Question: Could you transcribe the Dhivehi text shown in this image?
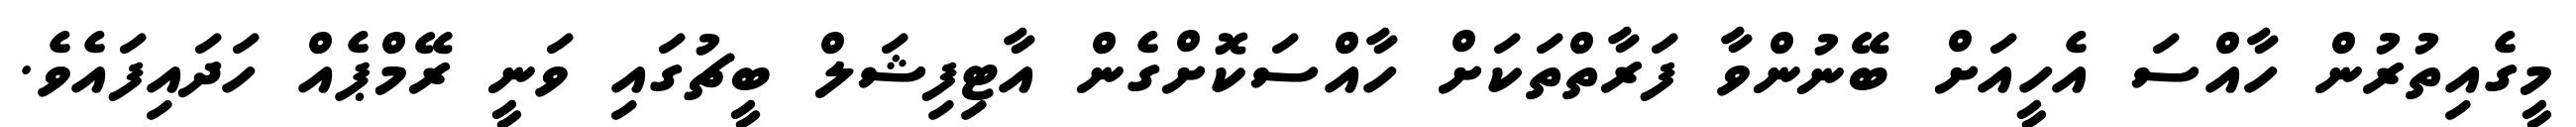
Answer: މީގެއިތުރުން ހާއްސަ އެހީއަށް ބޭނުންވާ ފަރާތްތަކަށް ހާއްސަކޮށްގެން އާޓިފިޝަލް ބީޗުގައި ވަނީ ރޭމްޕެއް ހަދައިފައެވެ.